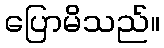
ပြောမိသည်။